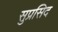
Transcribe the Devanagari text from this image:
सुप्रसिद